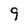
Character: 9